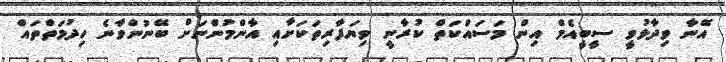
އޭނާ ވިދާޅުވީ ސީބީއެމް އިން މަސައްކަތް ކުރާނީ ވިޔަފާރިތަކަށާއި އާންމުންނަށް ބޭނުންވާނެ ހިދުމަތްތައް